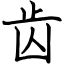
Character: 齿